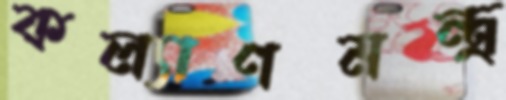
কল্যাণমন্ত্র